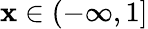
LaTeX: \mathbf{x}\in(-\infty,1]